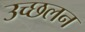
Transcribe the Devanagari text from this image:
उच्छलन